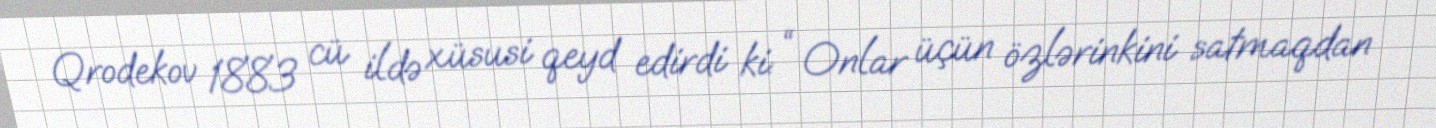
Qrodekov 1883 cü ildə xüsusi qeyd edirdi ki: “ Onlar üçün özlərinkini satmaqdan